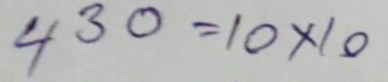
430 = 10 x 10